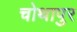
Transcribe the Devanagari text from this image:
चोथापुर